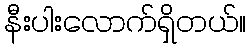
နီးပါးလောက်ရှိတယ်။